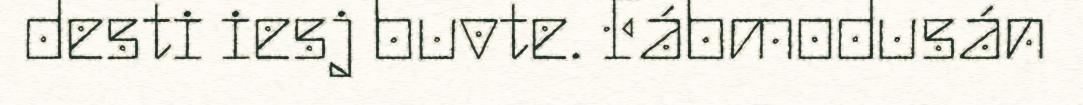
desti iesj buvte. Fábmodusán